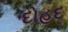
દોહદ